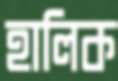
হালিক